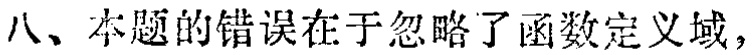
八、本题的错误在于忽略了函数定义域，